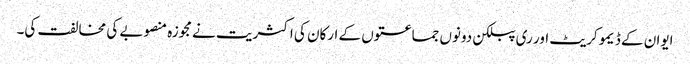
ایوان کے ڈیمو کریٹ اور ری پبلکن دونوں جماعتوں کے ارکان کی اکثریت نے مجوزہ منصوبے کی مخالفت کی۔